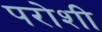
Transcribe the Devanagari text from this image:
परोशी